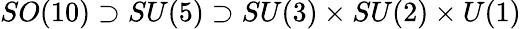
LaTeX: SO(10)\supset SU(5)\supset SU(3)\times SU(2)\times U(1)